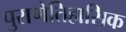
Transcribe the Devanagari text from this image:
पुराणेतिहासिक